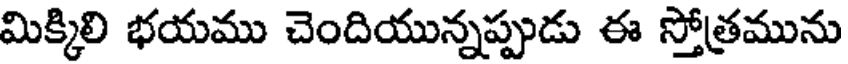
మిక్కిలి భయము చెందియున్నప్పుడు ఈ స్తోత్రమును